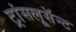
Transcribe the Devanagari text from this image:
ट्रांसलूसॅन्ट